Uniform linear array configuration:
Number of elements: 8
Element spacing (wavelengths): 0.5
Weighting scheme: uniform
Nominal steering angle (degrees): -15
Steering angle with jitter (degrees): -14.34
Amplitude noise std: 0.05
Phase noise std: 0.05

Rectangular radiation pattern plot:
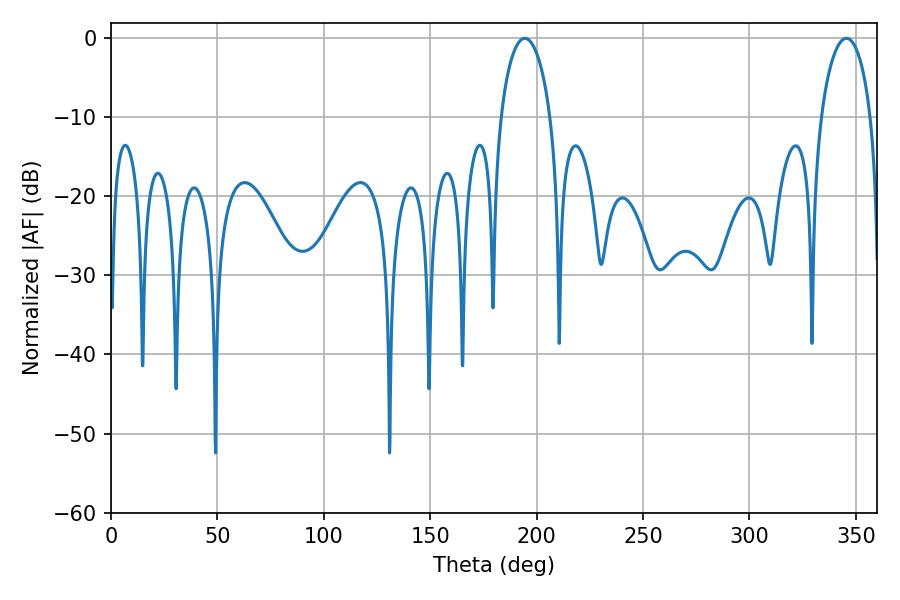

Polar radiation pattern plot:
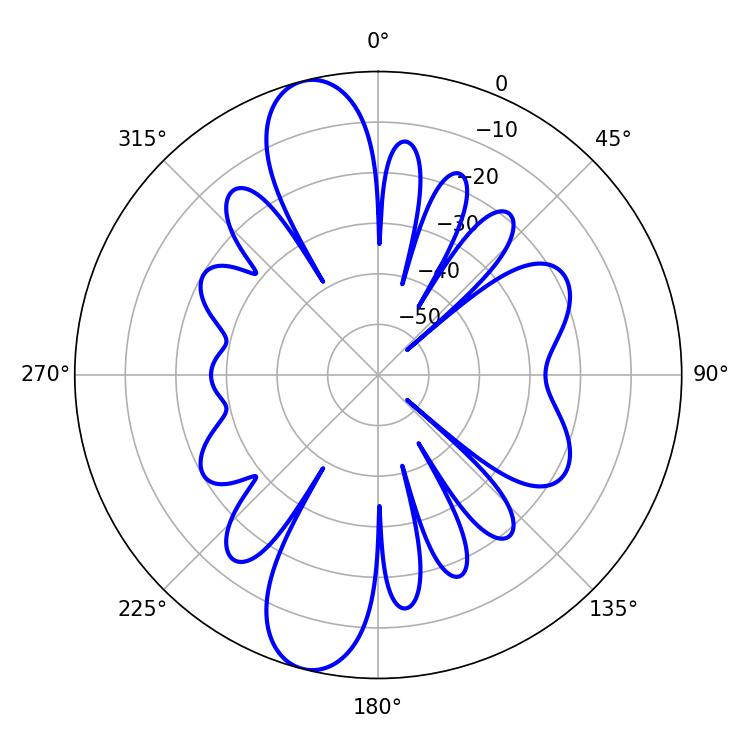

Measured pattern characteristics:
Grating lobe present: FALSE
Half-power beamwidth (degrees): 13.32
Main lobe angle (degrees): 194.4